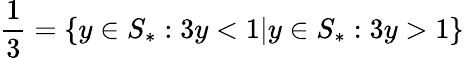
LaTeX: {\frac{1}{3}}=\{ y\in S_{*}:3y<1|y\in S_{*}:3y>1\}